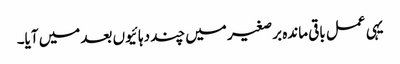
یہی عمل باقی ماندہ برصغیر میں چند دہائیوں بعد میں آیا۔